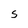
Character: S